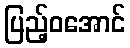
ပြည့်ဝအောင်